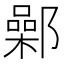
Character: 鄵